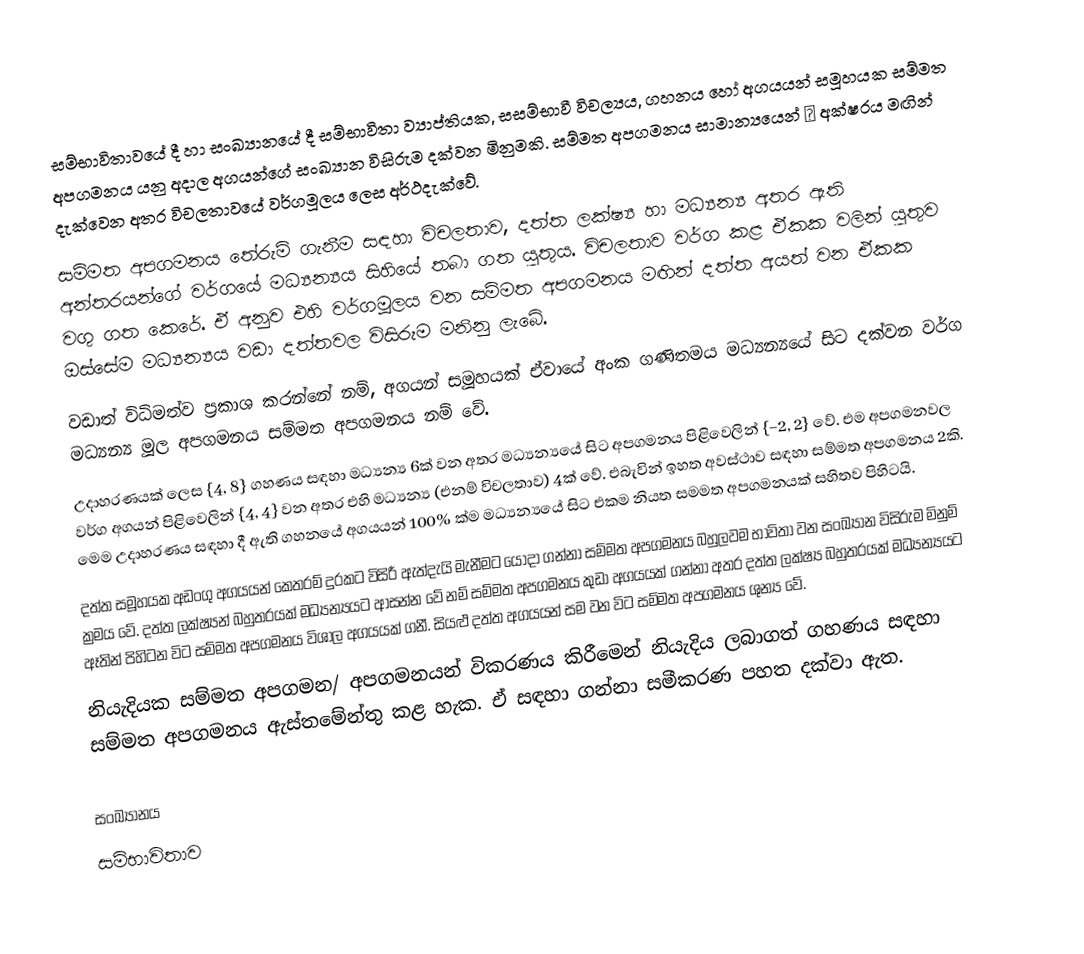
සම්භාවිතාවයේ දී හා සංඛ්‍යානයේ දී සම්භාවිතා ව්‍යාප්තියක, සසම්භාවී විචල්‍යය, ගහනය හෝ අගයයන් සමූහයක සම්මත අපගමනය යනු අදාල අගයන්ගේ සංඛ්‍යාන විසිරුම දක්වන මිනුමකි. සම්මත අපගමනය සාමාන්‍යයෙන් σ අක්ෂරය මඟින් දැක්වෙන අතර විචලතාවයේ වර්ගමූලය ලෙස අර්ථදැක්වේ.
සම්මත අපගමනය තේරුම් ගැනීම සඳහා විචලතාව, දත්ත ලක්ෂ්‍ය හා මධ්‍යන්‍ය අතර ඇති අන්තරයන්ගේ වර්ගයේ මධ්‍යන්‍යය සිහියේ තබා ගත යුතුය. විචලතාව වර්ග කළ ඒකක වලින් යුතුව වගු ගත කෙරේ. ඒ අනුව එහි වර්ගමූලය වන සම්මත අපගමනය මඟින් දත්ත අයත් වන ඒකක ඔස්සේම මධ්‍යන්‍යය වඩා දත්තවල විසිරුම මනිනු ලැබේ.
වඩාත් විධිමත්ව ප්‍රකාශ කරන්නේ නම්, අගයන් සමූහයක් ඒවායේ අංක ගණිතමය මධ්‍යන්‍යයේ සිට දක්වන වර්ග මධ්‍යන්‍ය මූල අපගමනය සම්මත අපගමනය නම් වේ.
උදාහරණයක් ලෙස {4, 8}  ගහණය සඳහා මධ්‍යන්‍ය 6ක් වන අතර මධ්‍යන්‍යයේ සිට අපගමනය පිළිවෙලින් {−2, 2} වේ. එම අපගමනවල වර්ග අගයන් පිළිවෙලින් {4, 4} වන අතර එහි මධ්‍යන්‍ය (එනම් විචලතාව) 4ක් වේ. එබැවින් ඉහත අවස්ථාව සඳහා සම්මත අපගමනය 2කි. මෙම උදාහරණය සඳහා දී ඇති ගහනයේ අගයයන් 100% ක්ම මධ්‍යන්‍යයේ සිට එකම නියත සමමත අපගමනයක් සහිතව පිහිටයි.
දත්ත සමූහයක අඩංගු අගයයන් කෙතරම් දුරකට විසිරී ඇත්දැයි මැනීමට යොදා ගන්නා සම්මත අපගමනය බහුලවම භාවිතා වන සංඛ්‍යාන විසිරුම මිනුම් ක්‍රමය වේ. දත්ත ලක්ෂ්‍යන්  බහුතරයක් මධ්‍යන්‍යයට ආසන්න වේ නම් සම්මත අපගමනය කුඩා අගයයක් ගන්නා අතර දත්ත ලක්ෂ්‍ය බහුතරයක් මධ්‍යන්‍යයට ඈතින් පිහිටන විට සම්මත අපගමනය විශාල අගයයක් ගනී. සියළු දත්ත අගයයන් සම වන විට සම්මත අපගමනය ශුන්‍ය වේ.
නියැදියක සම්මත අපගමන/ අපගමනයන් විකරණය කිරීමෙන් නියැදිය ලබාගත් ගහණය සඳහා සම්මත අපගමනය ඇස්තමේන්තු කළ හැක. ඒ සඳහා ගන්නා සමීකරණ පහත දක්වා ඇත.

සංඛ්‍යානය
සම්භාවිතාව